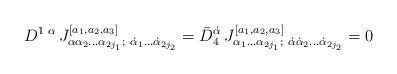
LaTeX: \begin{align*} D^{1\;\alpha}\, J^{[a_1,a_2,a_3]}_{\alpha\alpha_2\ldots\alpha_{2j_1};\ \dot\alpha_1\ldots\dot\alpha_{2j_2}} = \bar D_4^{\dot\alpha}\, J^{[a_1,a_2,a_3]}_{\alpha_1\ldots\alpha_{2j_1};\ \dot\alpha\dot\alpha_2\ldots\dot\alpha_{2j_2}} =0\end{align*}